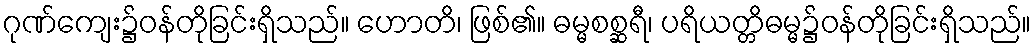
ဂုဏ်ကျေး၌ဝန်တိုခြင်းရှိသည်။ ဟောတိ၊ ဖြစ်၏။ ဓမ္မစစ္ဆရီ၊ ပရိယတ္တိဓမ္မ၌ဝန်တိုခြင်းရှိသည်။